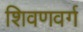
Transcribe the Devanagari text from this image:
शिवणवर्ग